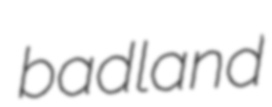
badland